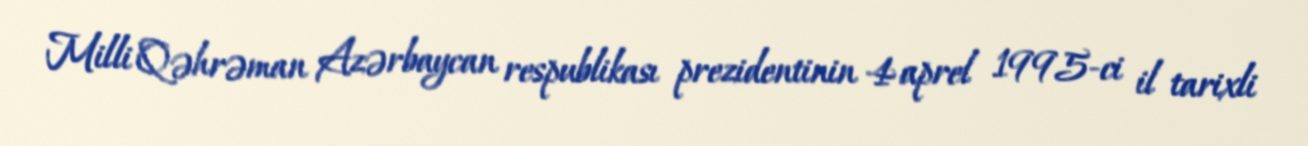
Milli Qəhrəman Azərbaycan respublikası prezidentinin 4 aprel 1995-ci il tarixli